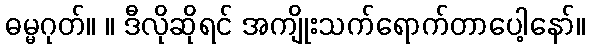
ဓမ္မဂုတ်။ ။ ဒီလိုဆိုရင် အကျိုးသက်ရောက်တာပေါ့နော်။